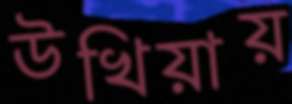
উখিয়ায়